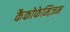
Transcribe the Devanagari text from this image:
कैकोफेमिज़म